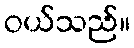
ဝယ်သည်။